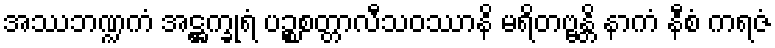
အဿဘဏ္ဍကံ အဋ္ဌက္ခုရံ ပဉ္စစတ္တာလီသဝဿာနိ မရိတဗ္ဗန္တိ နာကံ နီစံ ကရဇံ